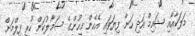
މަލަކާއާއި ޝައިމް އަދި ހަނާ ފިޔަވައި އެހެން މީހުންގެ ސަމާލުކަން ހުރީ ފިލްމަށް